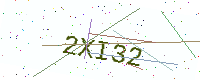
Text: 2XI32